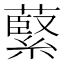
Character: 𫉺